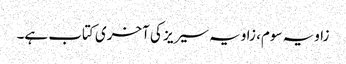
زاویہ سوم، زاویہ سیریز کی آخری کتاب ہے۔